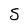
Character: S